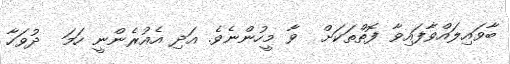
ބާވައިލައްވާފައިވާ ފޮތްތަކަށް  ވާ މީހުންނެވެ. އަދި އެއުރެންނީ ހަމަ  ދުވަހާ